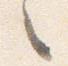
々